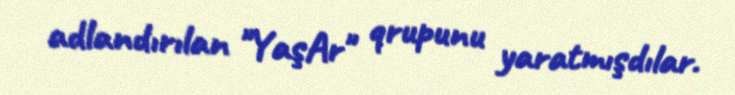
adlandırılan "YaşAr" qrupunu yaratmışdılar.